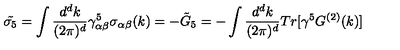
\tilde { \sigma _ { 5 } } = \int { \frac { d ^ { d } k } { ( 2 \pi ) ^ { d } } } \gamma _ { \alpha \beta } ^ { 5 } \sigma _ { \alpha \beta } ( k ) = - \tilde { G } _ { 5 } = - \int { \frac { d ^ { d } k } { ( 2 \pi ) ^ { d } } } T r [ \gamma ^ { 5 } G ^ { ( 2 ) } ( k ) ]